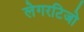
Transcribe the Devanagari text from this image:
लेगरटिजो